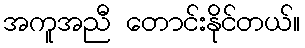
အကူအညီ တောင်းနိုင်တယ်။